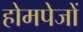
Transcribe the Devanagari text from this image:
होमपेजों